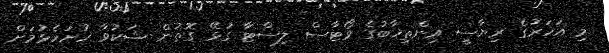
މި އަހަރުގެ ރިޔާސީ އިންތިޚާބުގެ ވޯޓާސް ލިސްޓާ ގުޅޭ ގޮތުން ޝަކުވާ ހުށަހެޅުމަށް